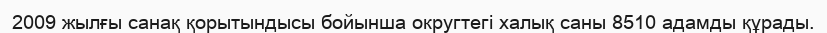
2009 жылғы санақ қорытындысы бойынша округтегі халық саны 8510 адамды құрады.